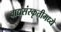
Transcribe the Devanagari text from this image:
वाद्यसंस्कृतीमध्ये